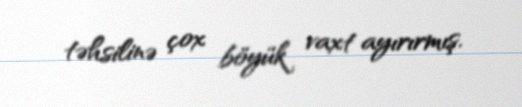
təhsilinə çox böyük vaxt ayırırmış.